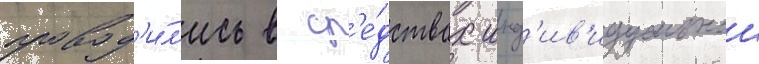
провод'и́л'ись в ср'е́дствах инд'ив'идуальнои